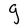
Character: g